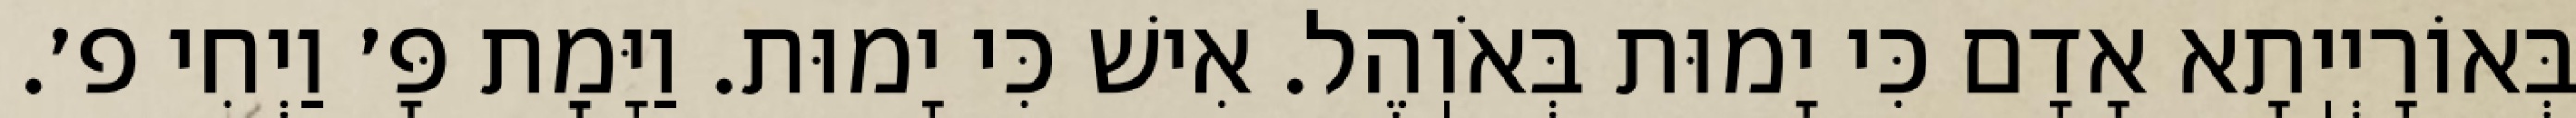
בְּאוֹרָיְיֽתָא אָדָם כִּי יָמוּת בְּאֹוֽהֶל. אִישׁ כִּי יָמוּת. וַיָּמׇת פָּ׳ וַיְחִי פ׳.